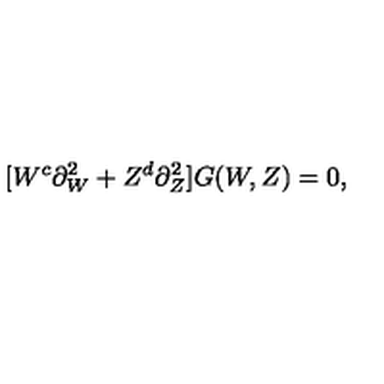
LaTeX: [ W ^ { c } \partial _ { W } ^ { 2 } + Z ^ { d } \partial _ { Z } ^ { 2 } ] G ( W , Z ) = 0 ,